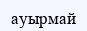
ауырмай